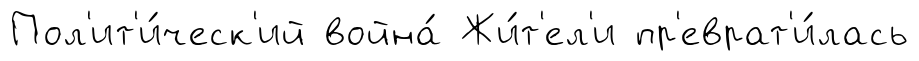
Пол'ит'и́ческ'ий война́ Жи́т'ел'и пр'еврат'и́лась